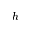
h